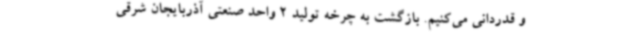
و قدردانی می‌کنیم. بازگشت به چرخه تولید 2 واحد صنعتی آذربایجان شرقی